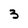
Character: 3